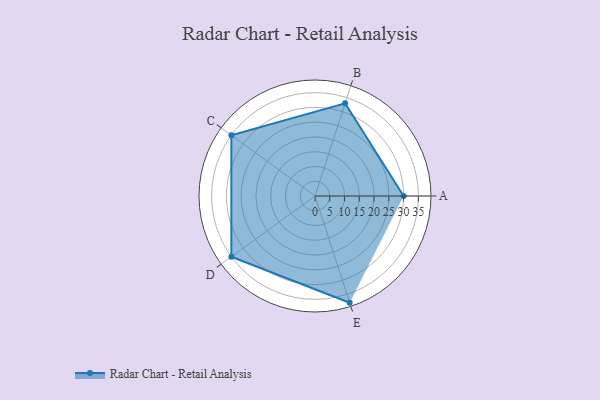
{"axis": {"x": "Skill", "y": "Score"}, "legend": ["Profile"], "data": [{"x": "A", "y": 30.0, "type": "Profile"}, {"x": "B", "y": 33.0, "type": "Profile"}, {"x": "C", "y": 35.0, "type": "Profile"}, {"x": "D", "y": 35.0, "type": "Profile"}, {"x": "E", "y": 38.0, "type": "Profile"}]}